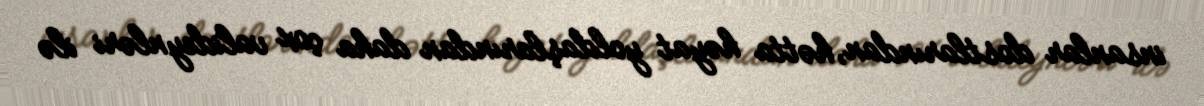
insanlar dostlarından, hətta həyat yoldaşlarından daha çox valideynləri ilə